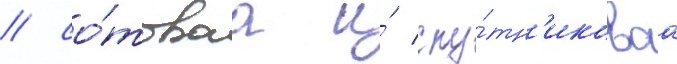
/ со́товаа и́ спу́тн'иковаа